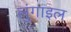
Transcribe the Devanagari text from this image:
लुंगाइल